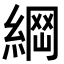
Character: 𦂴